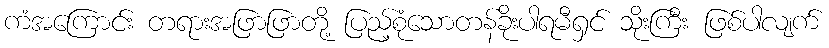
ကံအကြောင်း တရားအဖြာဖြာတို့ ပြည့်စုံသောတန်ခိုးပါရမီရှင် သိုးကြီး ဖြစ်ပါလျက်